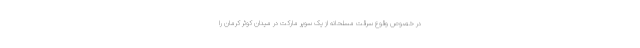
در خصوص وقوع سرقت مسلحانه از یک سوپر مارکت در میدان کوثر کرمان را